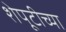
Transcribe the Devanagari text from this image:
शेपूटीच्या